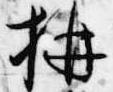
構